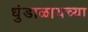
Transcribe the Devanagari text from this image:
धुंडाळायच्या